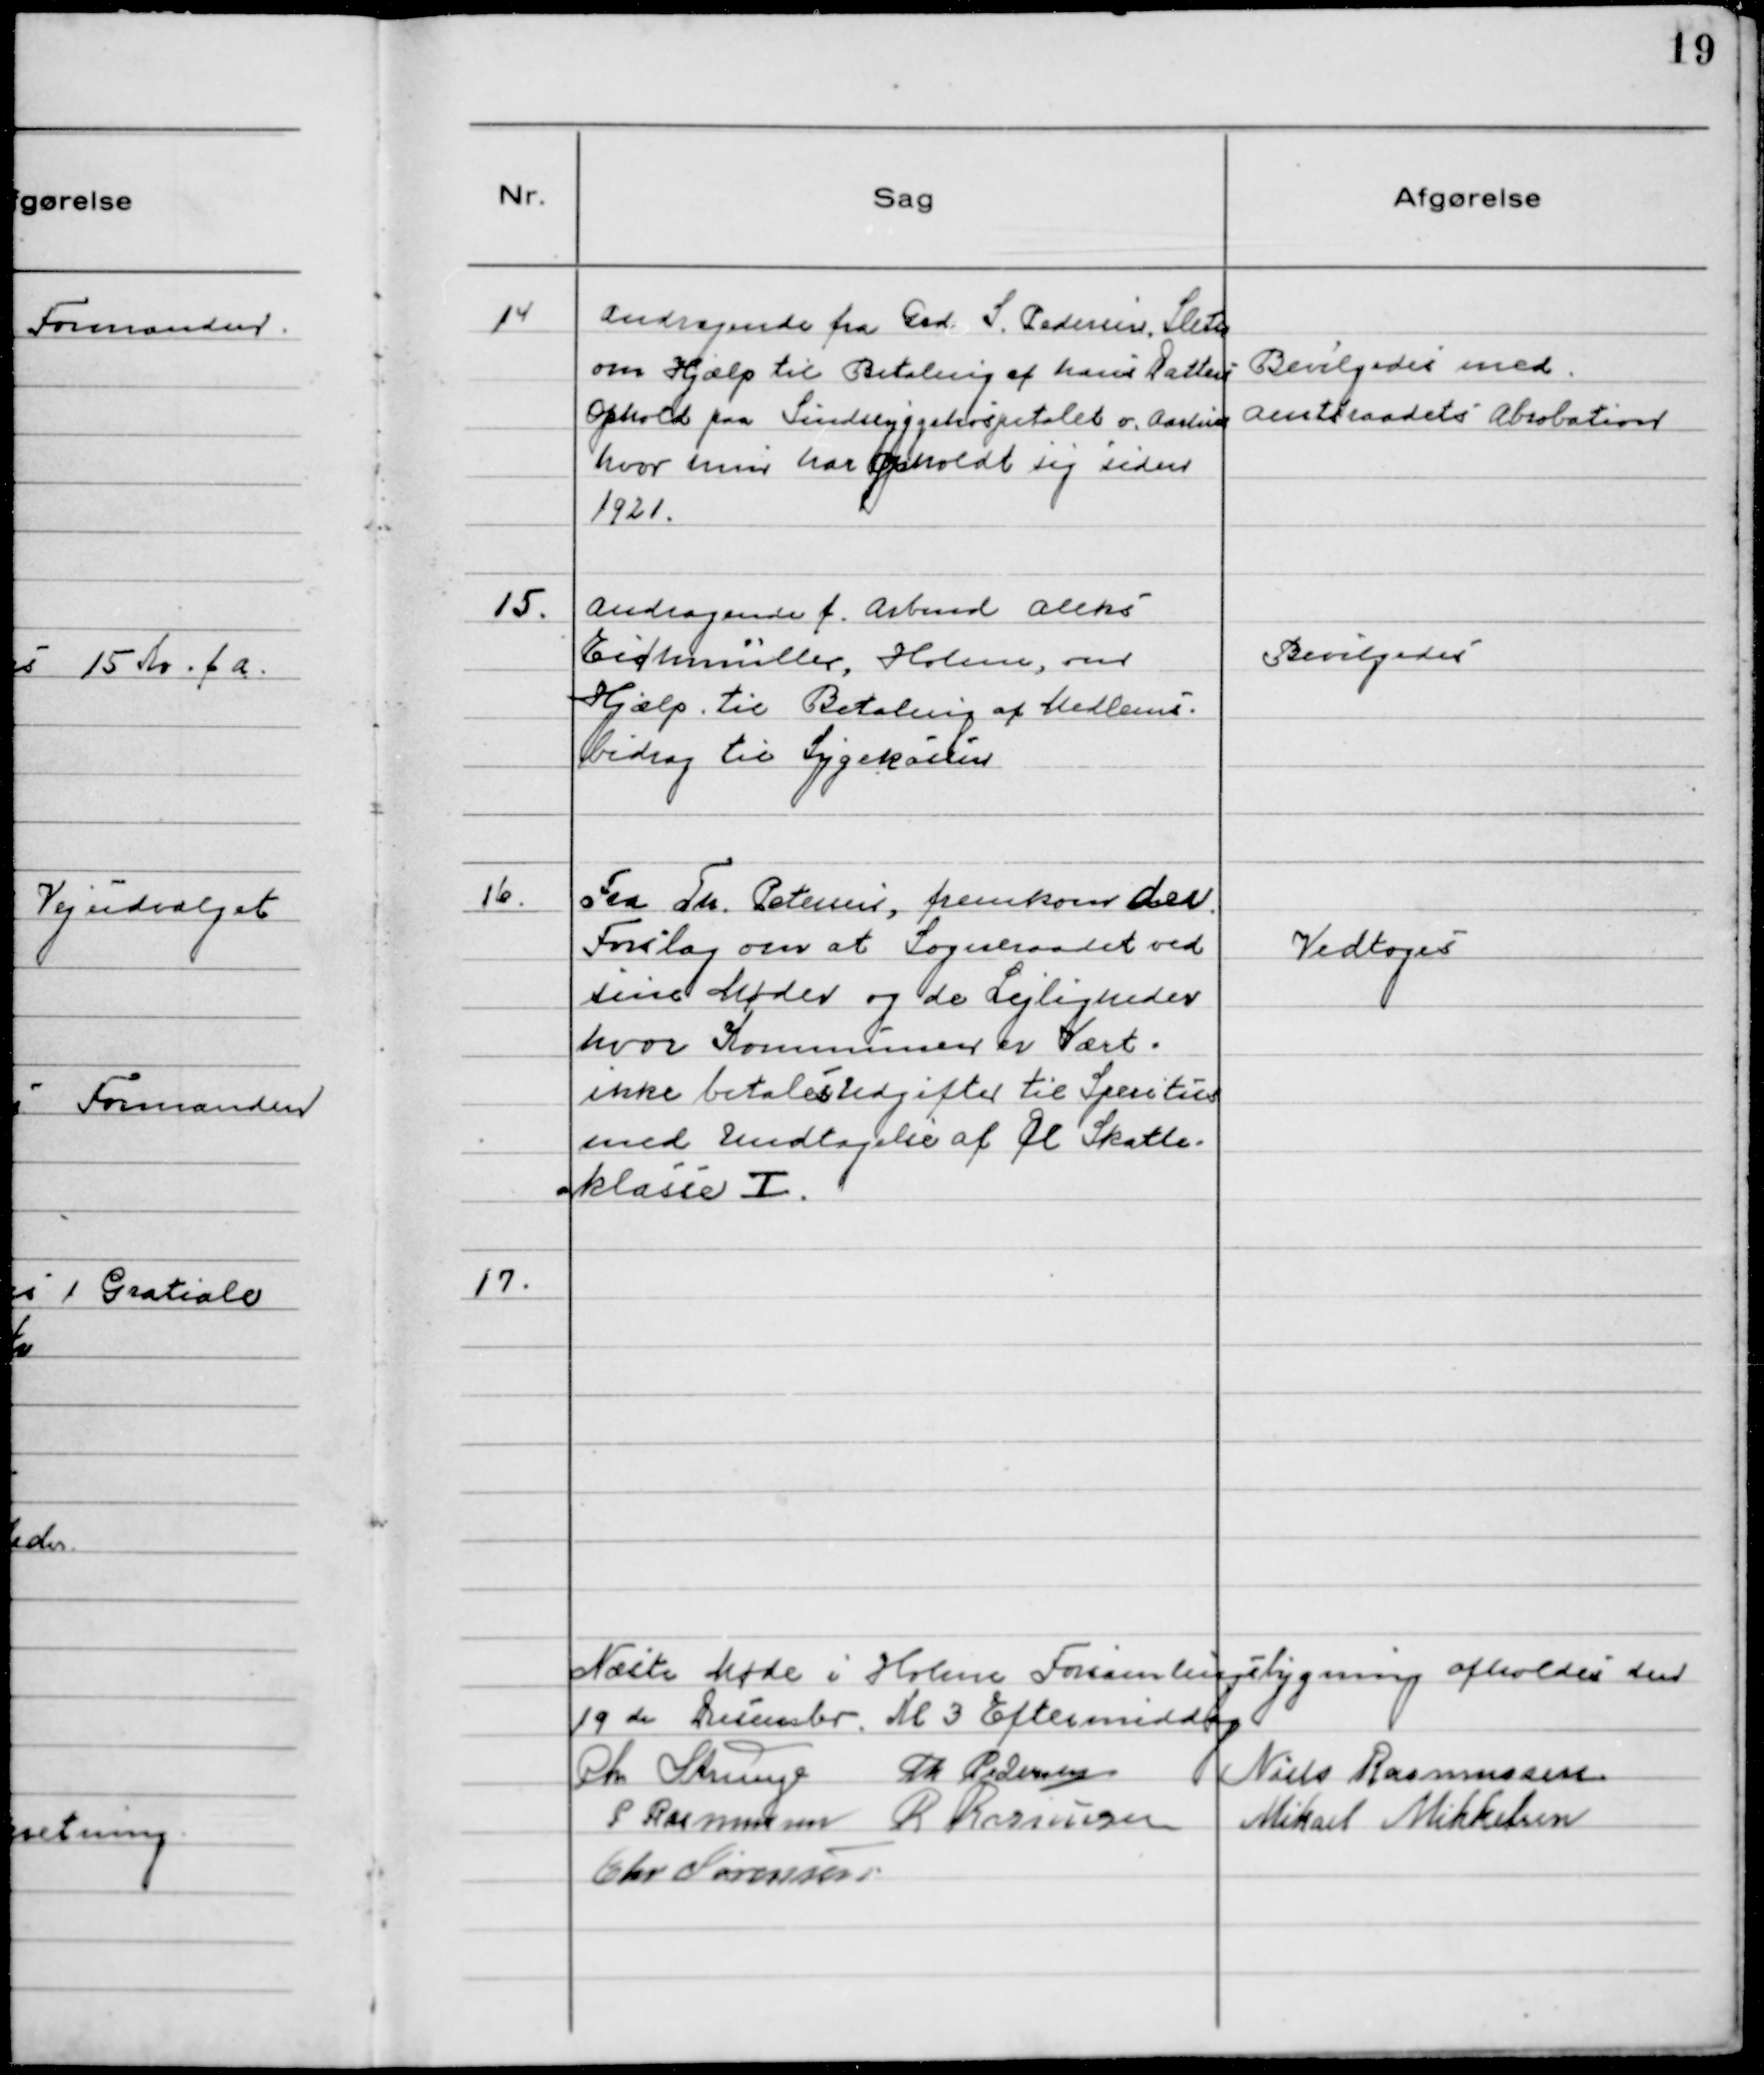
Transskription:
14 Andragende fra Grd. S. Pedersen, Sleth
om Hjælp til Betaling af hans Datters
Ophold paa Sindsygehospitalet v. Aarhus
hvor hun har opholdt sig siden
1921.

Bevilgedes med
Amtsraadetś Absobation

15. Andragende f. Arbmd Alekś
Eidmüller, Holme, om
Hjælp til Betaling af Medlemś-
bidrag til Sygekassen

Bevilgedeś

16. Fra Th. Petersen, fremkom der
Forślag om at Sogneraadet ved
sine Møder og de Lejligheder
hvor Kommunen er Vært
ikke betaleś Udgifter til Spiritūs
med Undtagelse af Øl Skatte-
klaśśe I.

Vedtogeś

17.

Næste Møde i Holme Forsamlingśbygning afholdes den
19de December. Kl 3 Eftermiddag
Chr Strunge Th Pedersen Niels Rasmussen.
P Rasmussen R Rasmūssen Mikael Mikkelsen
Chr Sørensen